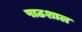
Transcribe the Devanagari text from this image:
पाठशाल